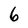
Character: 6